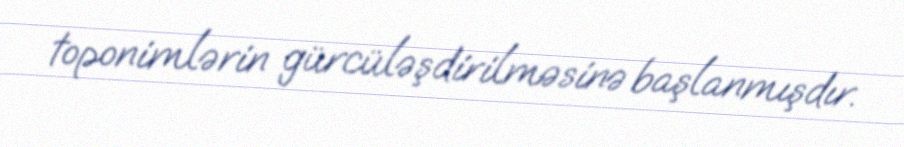
toponimlərin gürcüləşdirilməsinə başlanmışdır.